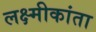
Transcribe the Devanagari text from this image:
लक्ष्मीकांता